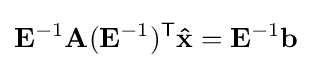
\mathbf {E} ^{-1}\mathbf {A} (\mathbf {E} ^{-1})^{\mathsf {T}}\mathbf {\hat {x}} =\mathbf {E} ^{-1}\mathbf {b}